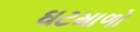
ઘટમાળો